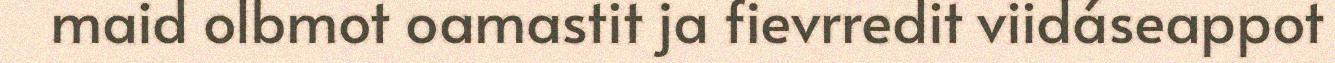
maid olbmot oamastit ja fievrredit viidáseappot